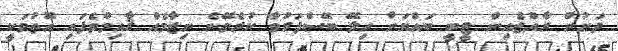
ދަށުން ރާއްޖެއިން ޓީބީ ބައްޔަށް ހިލޭ ބޭސްފަރުވާ ކުރެވޭނެ ނިޒާމެއް ޤާއިމްވެފައި އޮތުމަކީ